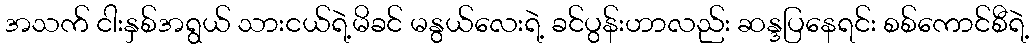
အသက် ငါးနှစ်အရွယ် သားငယ်ရဲ့မိခင် မနွယ်လေးရဲ့ ခင်ပွန်းဟာလည်း ဆန္ဒပြနေရင်း စစ်ကောင်စီရဲ့